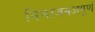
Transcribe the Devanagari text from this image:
विभाजनअपूर्ण